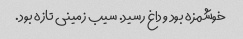
خوشمزه بود و داغ رسید. سیب زمینی تازه بود.